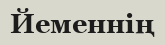
Йеменнің